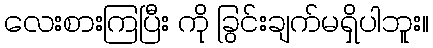
လေးစားကြပြီး ကို ခြွင်းချက်မရှိပါဘူး။